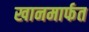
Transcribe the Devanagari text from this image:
खानमार्फत